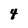
Character: 4